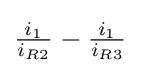
{\tfrac {i_{1}}{i_{R2}}}-{\tfrac {i_{1}}{i_{R3}}}